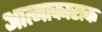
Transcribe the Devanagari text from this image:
आत्माकाराक